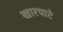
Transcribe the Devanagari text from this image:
खारपाटे